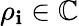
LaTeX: \rho_{\mathbf{i}}\in\mathbb{{C}}